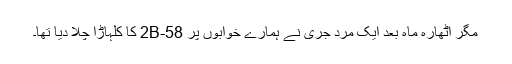
مگر اٹھارہ ماہ بعد ایک مردِ جری نے ہمارے خوابوں پر 58-2B کا کلہاڑا چلا دیا تھا۔